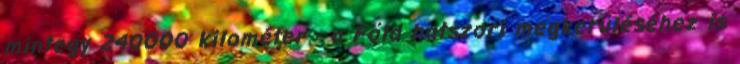
mintegy 240000 kilométer - a Föld hatszori megkerüléséhez is